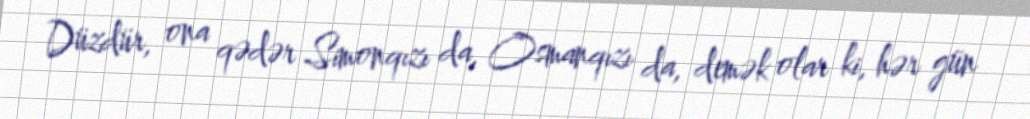
Düzdür, ona qədər Simonqızı da, Osmanqızı da, demək olar ki, hər gün